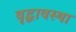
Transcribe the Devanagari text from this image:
वृद्धावस्‍था